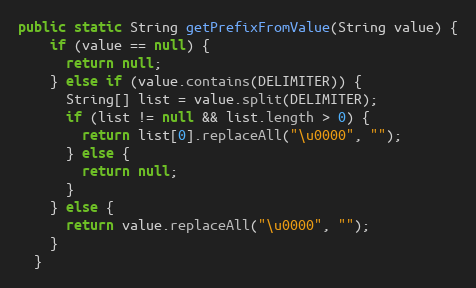
Language: Java
public static String getPrefixFromValue(String value) {
    if (value == null) {
      return null;
    } else if (value.contains(DELIMITER)) {
      String[] list = value.split(DELIMITER);
      if (list != null && list.length > 0) {
        return list[0].replaceAll("\u0000", "");
      } else {
        return null;
      }
    } else {
      return value.replaceAll("\u0000", "");
    }
  }